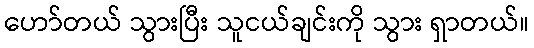
ဟော်တယ် သွားပြီး သူငယ်ချင်းကို သွား ရှာတယ်။